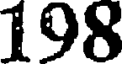
198